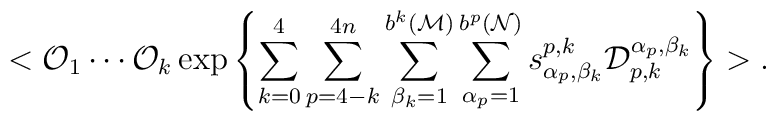
<{\cal O}_1\cdots {\cal O}_k \, {\rm exp}\left\{\sum_{k=0}^4\sum_{p=4-k}^{4n}\sum_{\beta_k=1}^{b^k({\cal M})}\sum_{\alpha_{p}=1}^{b^p({\cal N})}s^{p,k}_{\alpha_p,\beta_k}{\cal D}^{\alpha_p,\beta_k}_{p,k}\right\}>.